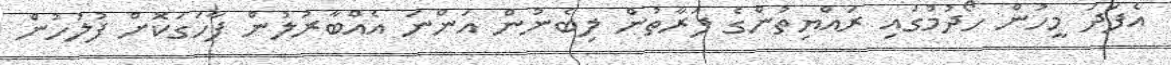
އެފަދަ މީހުން ހޯދުމުގައި ރައްޔިތުންގެ ފަރާތުން ލިބެނުން އަންނަ އެއްބާރުލުން ފާހަގަކޮށް ފުލުހުން